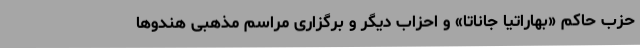
حزب حاکم «بهاراتیا جاناتا» و احزاب دیگر و برگزاری مراسم مذهبی هندوها